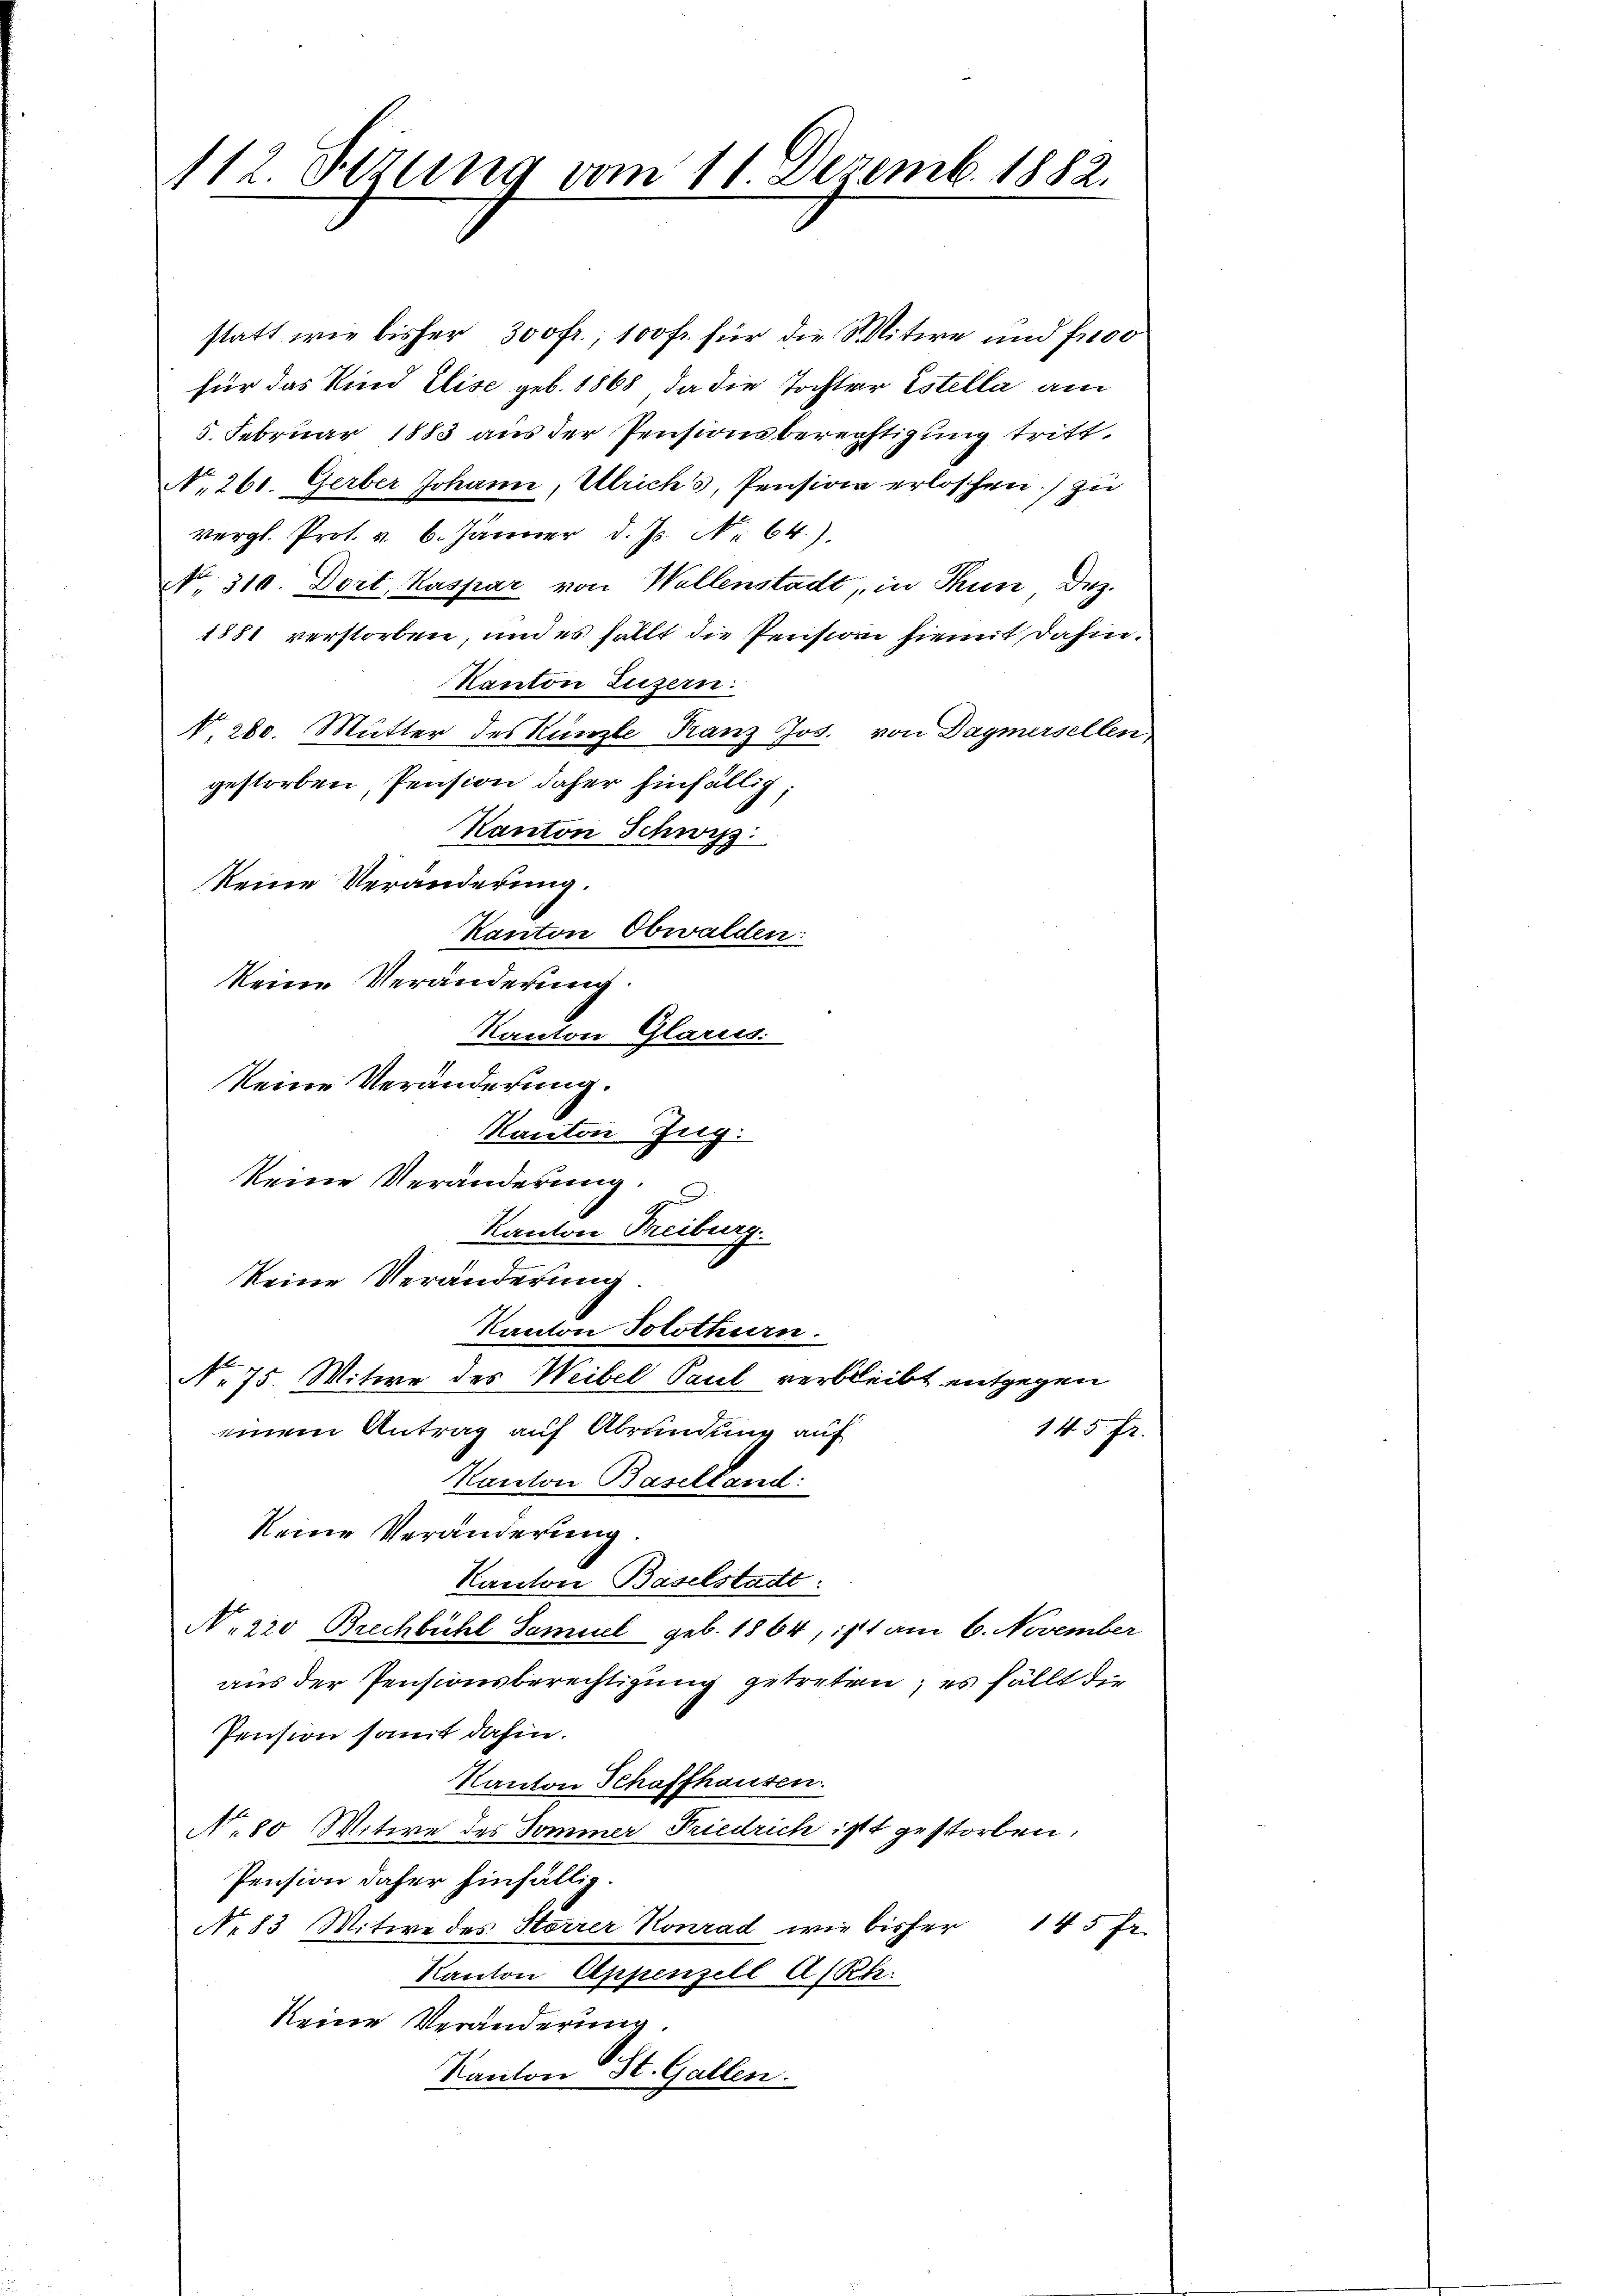
112. Sizung vom 11 Dezemb. 1882.

statt wie bisher 300fr.; 100 fr. für die Mitwe und fro
für das Kind Elise geb. 1868, da die Tochter Estella am
5. Februar 1883 aus der Pensionsberechtigung tritt.
No. 261. Gerber Johann, Ulrich's, Pension erloschen.) zu
vergl. Prot. v. 6. Jänner d. Js. No 64).
NNo. 310. Dort, Kaspar von Wollenstadt, in Thun Dez.
1881 verstorben, und es fällt die Pension hiemit dahin.
Kanton Luzern.
§ 280. Mutter des Künzle Kanz Jos. von Dagmersellen
gestorben, Pension daher hinfällig
Kanton Schwyz
keine Veränderung.
Kanton Obwalden:
keine Veränderung
Kanton Glarus.
keine Veränderung.
Kanton Zug.
keine Veränderung.
g
Kanton Freiburg.
keine Veränderung.
Kanton Solothurn.
No 75. Witwe des Weibel Paul verbleibt entgegen
145 fr.
einem Antrag auf Abrandung auf
Kanton Baselland:
keine Veränderung
Kanton Baselstadt:
No 220 Brechbühl Samuel geb. 1864, ist am 6. November
aus der Pensionsberechtigung getreten; es fällt die
Pension somit dahin.
Kanton Schaffhausen
No. 80 Mitwe des Sommer Friedrich ist gestorben,
Pension daher hinfällig.
No 83. Mitwe des Storrer Konrad wie bisher 145 fr.
Kanton Appenzell A/Rh.
keine Veränderung
Kanton St. Gallen.